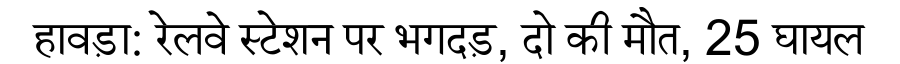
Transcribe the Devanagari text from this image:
हावड़ा: रेलवे स्टेशन पर भगदड़, दो की मौत, 25 घायल